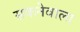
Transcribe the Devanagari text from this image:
सकनेवाला